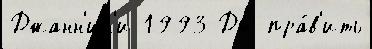
Джанн'ин'и 1993 Дж пра́в'ить